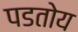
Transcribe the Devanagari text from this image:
पडतोय